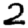
Digit: 2